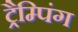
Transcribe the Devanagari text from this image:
ट्रैम्पिंग